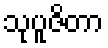
သုပူဇိတာ